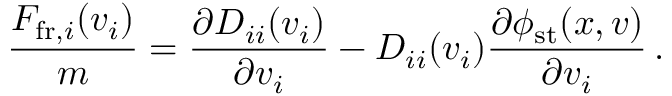
\frac { F _ { \mathrm { f r } , i } ( v _ { i } ) } { m } = \frac { \partial D _ { i i } ( v _ { i } ) } { \partial v _ { i } } - D _ { i i } ( v _ { i } ) \frac { \partial \phi _ { \mathrm { s t } } ( \boldsymbol { x } , \boldsymbol { v } ) } { \partial v _ { i } } \, .